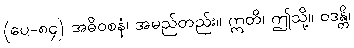
(ပေ-၈၄) အဓိဝစနံ၊ အမည်တည်း။ ဣတိ၊ ဤသို့။ ဝဒန္တိ၊